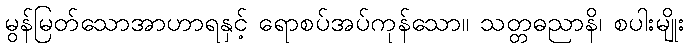
မွန်မြတ်သောအာဟာရနှင့် ရောစပ်အပ်ကုန်သော။ သတ္တဓညာနိ၊ စပါးမျိုး